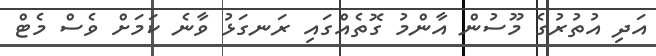
އަދި އުތުރުގެ މޫސުން އާންމު ގޮތެއްގައި ރަނގަޅު ވާނެ ކަމަށް ވެސް މެޓް